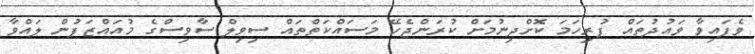
ވެފައިވާ ވައުދުތައް ފުރިހަމަ ކޮށްދިނުމަށް ކުރަންޖެހޭ މަސައްކަތްތައް ސިވިލް ސާވިސްގެ މުއައްޒަފުން ލައްވާ